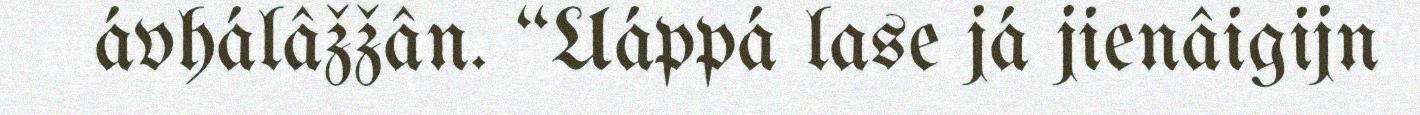
ávhálâžžân. “Uáppá lase já jienâigijn